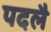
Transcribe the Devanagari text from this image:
पदलै